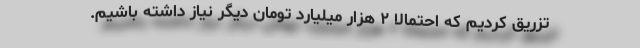
تزریق کردیم که احتمالا ۲ هزار میلیارد تومان دیگر نیاز داشته باشیم.